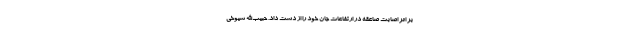
بر اثر اصابت صاعقه در ارتفاعات جان خود را از دست داد. حبیب‌الله شیوخی